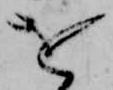
を